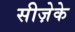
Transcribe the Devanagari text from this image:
सीज़ेके